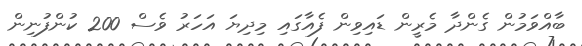
ބާއްވަމުން ގެންދާ މެރީން ޑައިވިން ފެއާގައި މިދިޔަ އަހަރު ވެސް 200 ކުންފުނިން